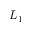
L _ { 1 }